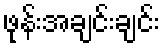
ဖုန်းအချင်းချင်း